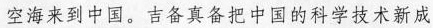
空海来到中国。吉备真备把中国的科学技术新成